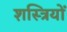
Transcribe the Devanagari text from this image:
शस्त्रियों